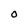
Character: O